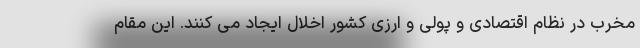
مخرب در نظام اقتصادی و پولی و ارزی کشور اخلال ایجاد می کنند. این مقام